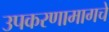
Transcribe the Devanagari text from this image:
उपकरणामागचे